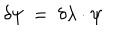
LaTeX: \delta \psi ~ = ~ \delta \lambda \cdot \psi